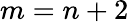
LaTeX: m=n+2